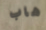
هاب